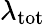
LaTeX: \lambda_{\mathrm{tot}}